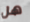
هل